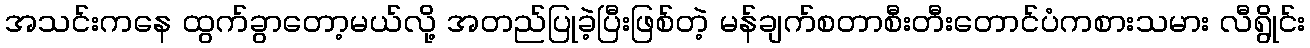
အသင်းကနေ ထွက်ခွာတော့မယ်လို့ အတည်ပြုခဲ့ပြီးဖြစ်တဲ့ မန်ချက်စတာစီးတီးတောင်ပံကစားသမား လီရွိုင်း